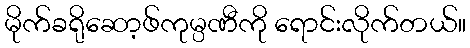
မိုက်ခရိုဆော့ဖ်ကုမ္ပဏီကို ရောင်းလိုက်တယ်။